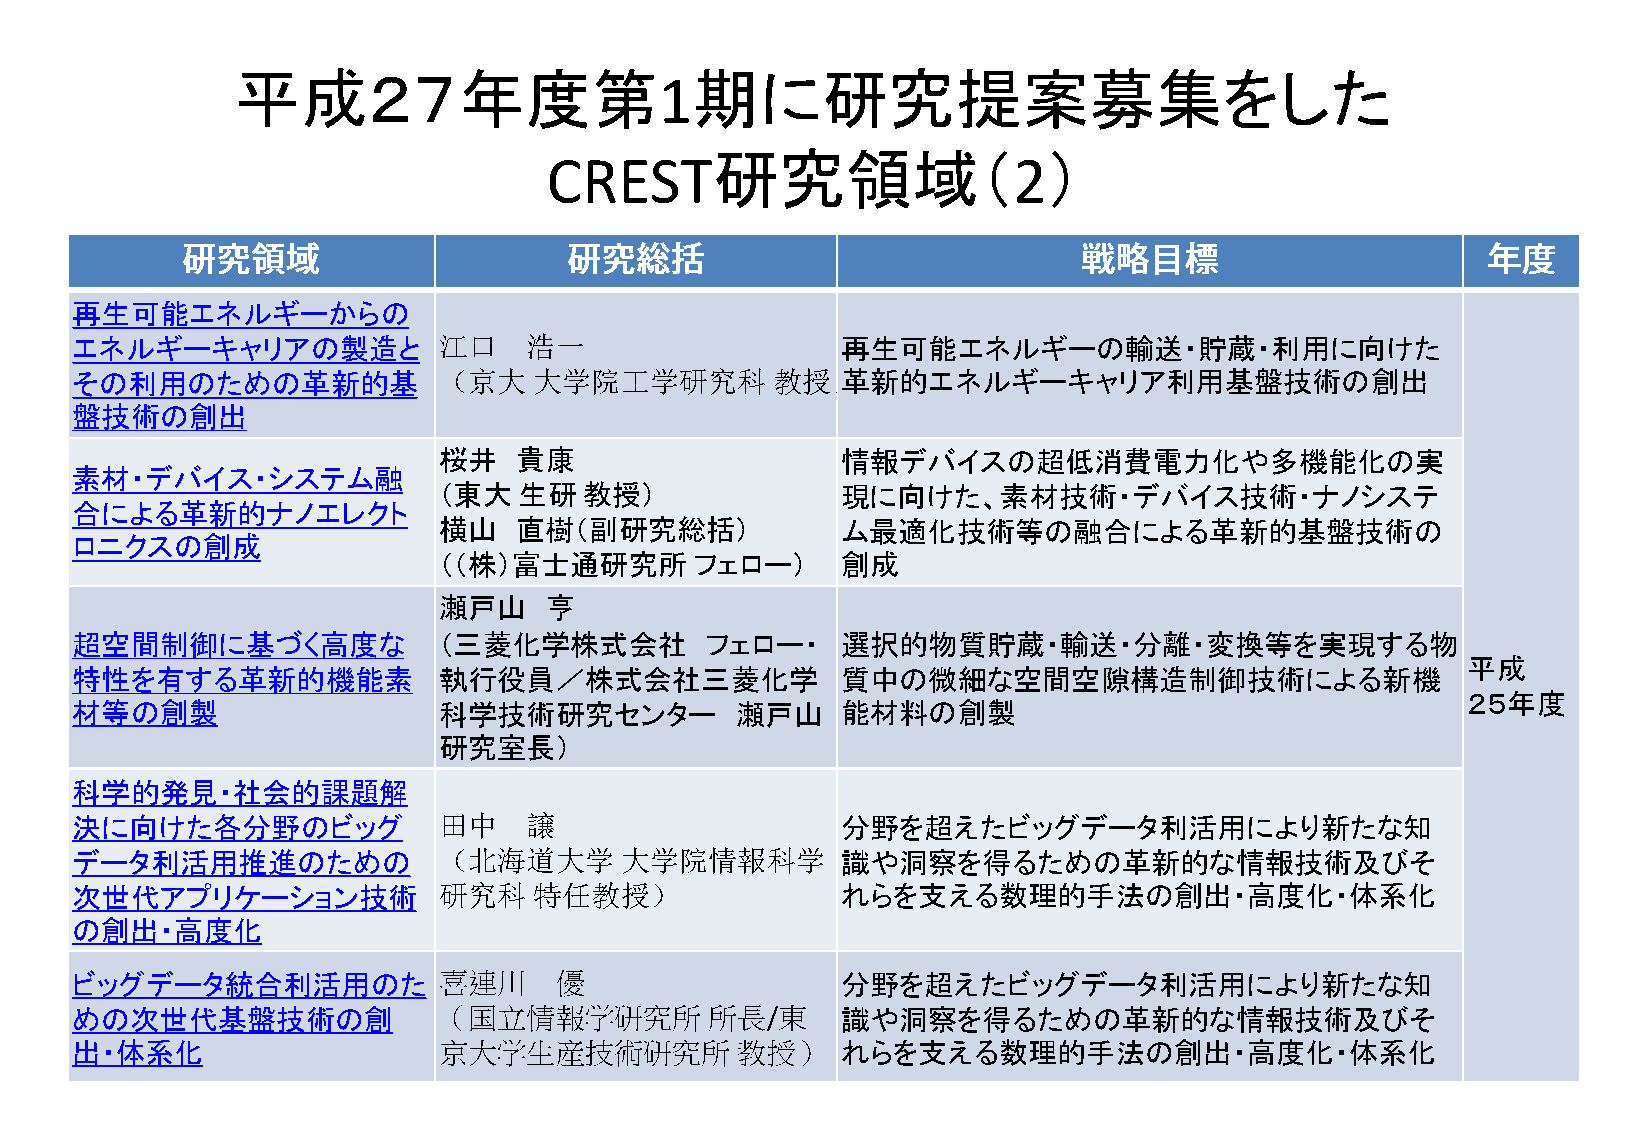
平成２７年度第                        期に研究提案募集をした
 1
 研究領域（                 ）
 CREST                          2
 再生可能エネルギーからの
 エネルギーキャリアの製造と           江口    浩一                   再生可能エネルギーの輸送・貯蔵・利用に向けた
 その利用のための革新的基            （京大   大学院工学研究科        教授）革新的エネルギーキャリア利用基盤技術の創出
 盤技術の創出
 桜井   貴康                    情報デバイスの超低消費電力化や多機能化の実
 素材・デバイス・システム融
 （東大  生研   教授）              現に向けた、素材技術・デバイス技術・ナノシステ
 合による革新的ナノエレクト
 横山   直樹（副研究総括）             ム最適化技術等の融合による革新的基盤技術の
 ロニクスの創成
 （（株）富士通研究所       フェロー）     創成
 瀬戸山    亨
 超空間制御に基づく高度な            （三菱化学株式会社         フェロー・    選択的物質貯蔵・輸送・分離・変換等を実現する物
 平成
 特性を有する革新的機能素            執行役員／株式会社三菱化学              質中の微細な空間空隙構造制御技術による新機
 材等の創製                   科学技術研究センター          瀬戸山    能材料の創製
 ２５年度
 研究室長）
 科学的発見・社会的課題解
 決に向けた各分野のビッグ            田中    譲                    分野を超えたビッグデータ利活用により新たな知
 データ利活用推進のための            （北海道大学      大学院情報科学        識や洞察を得るための革新的な情報技術及びそ
 次世代アプリケーション技術           研究科   特任教授）                れらを支える数理的手法の創出・高度化・体系化
 の創出・高度化
 ビッグデータ統合利活用のた           喜連川     優                  分野を超えたビッグデータ利活用により新たな知
 めの次世代基盤技術の創             （国立情報学研究所         所長/東     識や洞察を得るための革新的な情報技術及びそ
 出・体系化                   京大学生産技術研究所          教授）    れらを支える数理的手法の創出・高度化・体系化